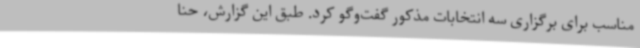
مناسب برای برگزاری سه انتخابات مذکور گفت‌وگو کرد. طبق این گزارش، حنا